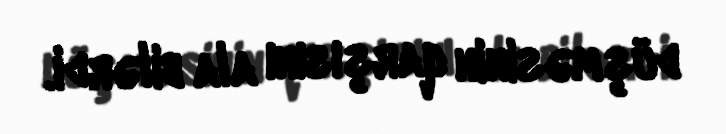
düşməsinin qarşısını ala bilərdi.